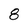
Character: 8